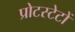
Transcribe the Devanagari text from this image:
प्रोटस्टेटों